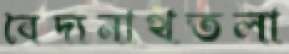
বৈদ্যনাথতলা